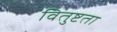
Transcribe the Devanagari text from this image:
वितुष्टता